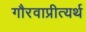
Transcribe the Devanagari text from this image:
गौरवाप्रीत्यर्थ